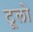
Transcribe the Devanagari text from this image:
टूलो